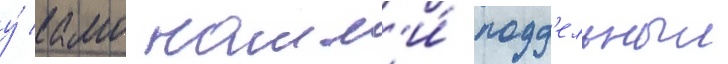
у́ камо нашл'и́ подд'ельныи